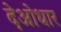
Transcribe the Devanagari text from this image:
देओधार